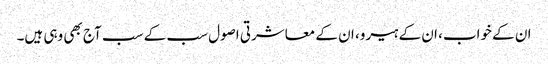
ان کے خواب، ان کے ہیرو، ان کے معاشرتی اصول سب کے سب آج بھی وہی ہیں۔